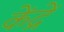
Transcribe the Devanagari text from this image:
केंद्रें